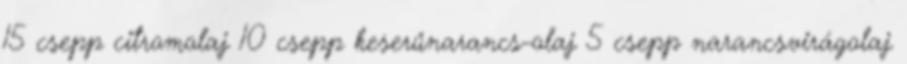
15 csepp citromolaj 10 csepp keserűnarancs-olaj 5 csepp narancsvirágolaj